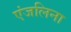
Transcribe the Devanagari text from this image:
एंजलिना